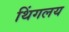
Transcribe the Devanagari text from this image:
थिंगलय